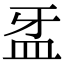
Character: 𥁆